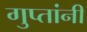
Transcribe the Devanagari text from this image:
गुप्तांनी